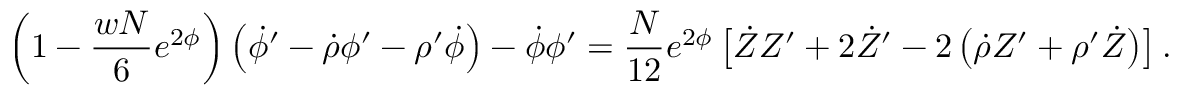
\left( 1 - \frac { w N } { 6 } e ^ { 2 \phi } \right) \left( \dot { \phi } ^ { \prime } - \dot { \rho } \phi ^ { \prime } - \rho ^ { \prime } \dot { \phi } \right) - \dot { \phi } \phi ^ { \prime } = \frac { N } { 1 2 } e ^ { 2 \phi } \left[ \dot { Z } Z ^ { \prime } + 2 \dot { Z } ^ { \prime } - 2 \left( \dot { \rho } Z ^ { \prime } + \rho ^ { \prime } \dot { Z } \right) \right] .